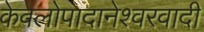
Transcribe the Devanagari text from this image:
केवलोपादानेश्वरवादी